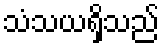
သံသယရှိသည်